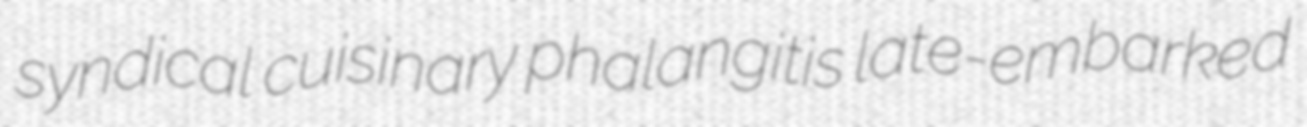
syndical cuisinary phalangitis late-embarked